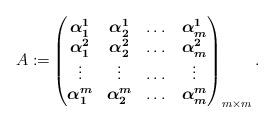
LaTeX: \begin{align*} A:=&\begin{pmatrix}\boldsymbol{\alpha_1^1} & \boldsymbol{\alpha_2^1} & \dots & \boldsymbol{\alpha_m^1} \\\boldsymbol{\alpha_1^2} & \boldsymbol{\alpha_2^2} & \dots & \boldsymbol{\alpha_m^2} \\\vdots & \vdots & \dots & \vdots \\\boldsymbol{\alpha_1^m} & \boldsymbol{\alpha_2^m} & \dots & \boldsymbol{\alpha_m^m} \\\end{pmatrix}_{m \times m}. \end{align*}